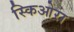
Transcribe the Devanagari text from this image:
स्किओरा